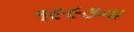
૧૯૯૩ના